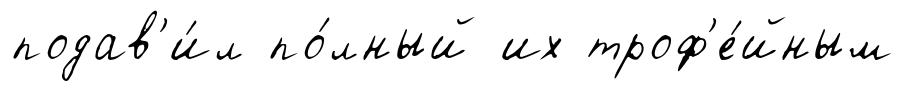
подав'и́л по́лный их троф'е́йным